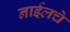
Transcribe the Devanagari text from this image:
नाईलचे